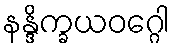
နန္ဒိက္ခယဝဂ္ဂေါ